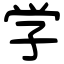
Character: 学